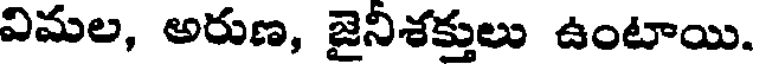
విమల, అరుణ, జైనిశక్తులు ఉంటాయి.